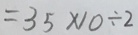
= 3 5 \times 1 0 \div 2